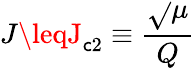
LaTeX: J\leqJ_{\mathsf{c}2}\equiv\frac{{\sqrt{}{{\mu}}}}{{Q}}